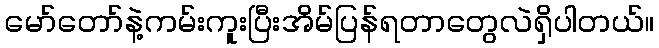
မော်တော်နဲ့ကမ်းကူးပြီးအိမ်ပြန်ရတာတွေလဲရှိပါတယ်။